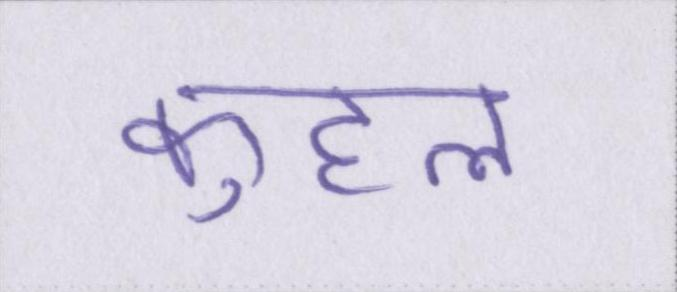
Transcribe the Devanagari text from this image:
कुहल